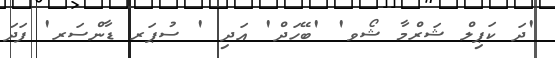
'ދަ ކަޕިލް ޝަރްމާ ޝޯވ' 'ބޭހަދް' އަދި ' ސުޕަރ ޑާންސަރ' ފަދަ